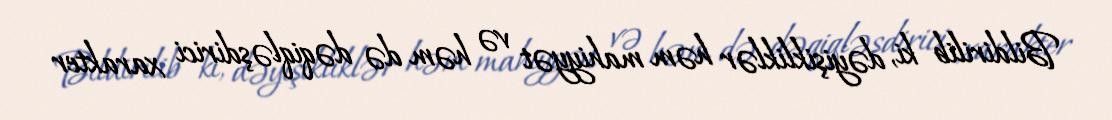
Bildirilib ki, dəyişikliklər həm mahiyyət və həm də dəqiqləşdirici xarakter